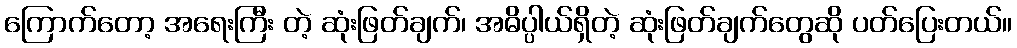
ကြောက်တော့ အရေးကြီး တဲ့ ဆုံးဖြတ်ချက်၊ အဓိပ္ပါယ်ရှိတဲ့ ဆုံးဖြတ်ချက်တွေဆို ပတ်ပြေးတယ်။